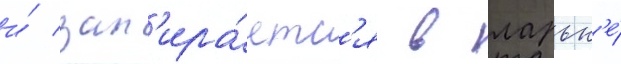
и́ зап'ира́етс'я в ларьк'е́